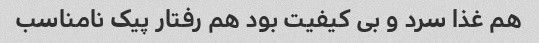
هم غذا سرد و بی کیفیت بود هم رفتار پیک نامناسب